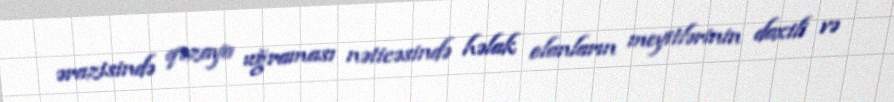
ərazisində qəzaya uğraması nəticəsində həlak olanların meyitlərinin daxili və